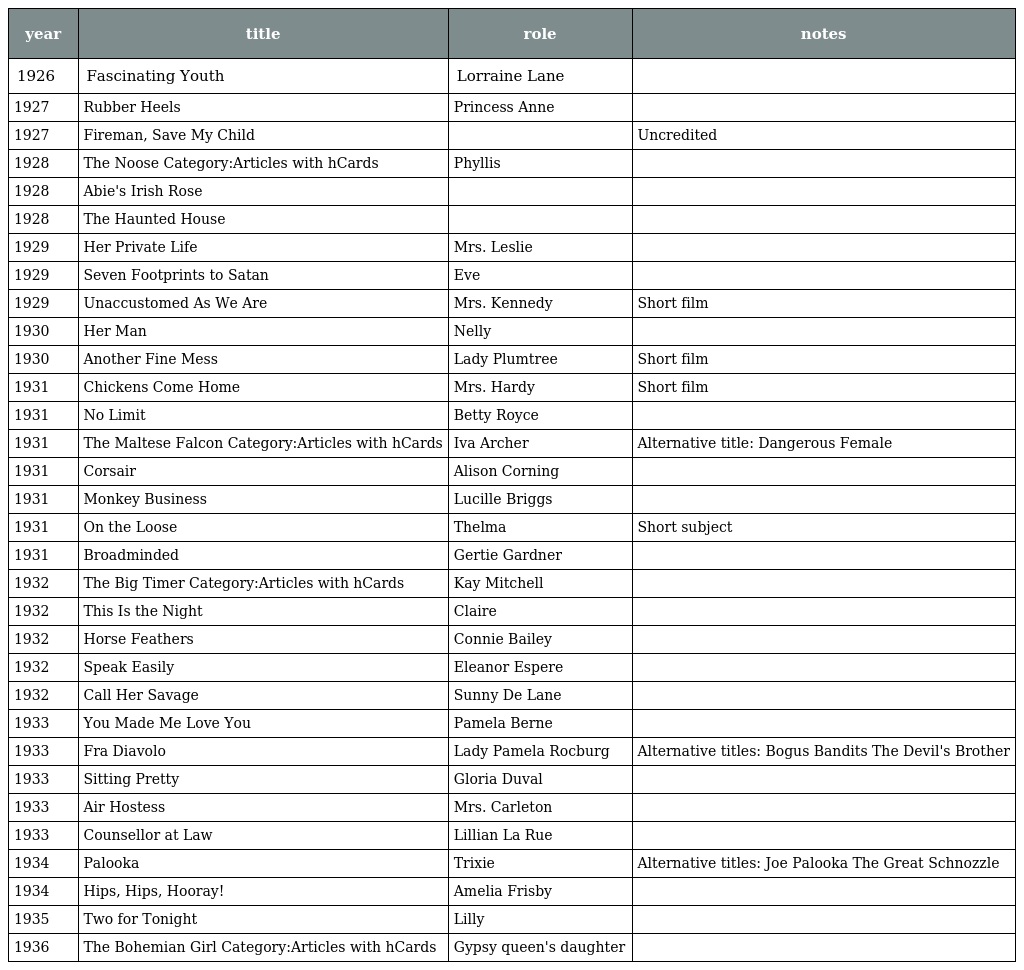
| year | title | role | notes |
 | --- | --- | --- | --- |
 | 1926 | Fascinating Youth | Lorraine Lane |  |
 | 1927 | Rubber Heels | Princess Anne |  |
 | 1927 | Fireman, Save My Child |  | Uncredited |
 | 1928 | The Noose Category:Articles with hCards | Phyllis |  |
 | 1928 | Abie's Irish Rose |  |  |
 | 1928 | The Haunted House |  |  |
 | 1929 | Her Private Life | Mrs. Leslie |  |
 | 1929 | Seven Footprints to Satan | Eve |  |
 | 1929 | Unaccustomed As We Are | Mrs. Kennedy | Short film |
 | 1930 | Her Man | Nelly |  |
 | 1930 | Another Fine Mess | Lady Plumtree | Short film |
 | 1931 | Chickens Come Home | Mrs. Hardy | Short film |
 | 1931 | No Limit | Betty Royce |  |
 | 1931 | The Maltese Falcon Category:Articles with hCards | Iva Archer | Alternative title: Dangerous Female |
 | 1931 | Corsair | Alison Corning |  |
 | 1931 | Monkey Business | Lucille Briggs |  |
 | 1931 | On the Loose | Thelma | Short subject |
 | 1931 | Broadminded | Gertie Gardner |  |
 | 1932 | The Big Timer Category:Articles with hCards | Kay Mitchell |  |
 | 1932 | This Is the Night | Claire |  |
 | 1932 | Horse Feathers | Connie Bailey |  |
 | 1932 | Speak Easily | Eleanor Espere |  |
 | 1932 | Call Her Savage | Sunny De Lane |  |
 | 1933 | You Made Me Love You | Pamela Berne |  |
 | 1933 | Fra Diavolo | Lady Pamela Rocburg | Alternative titles: Bogus Bandits The Devil's Brother |
 | 1933 | Sitting Pretty | Gloria Duval |  |
 | 1933 | Air Hostess | Mrs. Carleton |  |
 | 1933 | Counsellor at Law | Lillian La Rue |  |
 | 1934 | Palooka | Trixie | Alternative titles: Joe Palooka The Great Schnozzle |
 | 1934 | Hips, Hips, Hooray! | Amelia Frisby |  |
 | 1935 | Two for Tonight | Lilly |  |
 | 1936 | The Bohemian Girl Category:Articles with hCards | Gypsy queen's daughter |  |